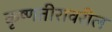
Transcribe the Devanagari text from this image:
कृष्णतीरावरील